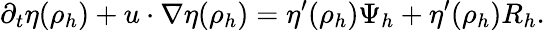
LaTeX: \partial_{t}\eta(\rho_{h})+u\cdot\nabla\eta(\rho_{h})=\eta^{\prime}(\rho_{h})\Psi_{h}+\eta^{\prime}(\rho_{h})R_{h}.